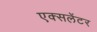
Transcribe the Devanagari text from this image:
एक्सलेंटर